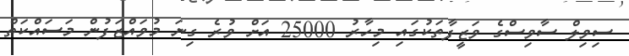
ސިވިލް ސާވިސްގެ ވަޒީފާތަކުގައި މިހާރު 25000 އަށް ވުރެ ގިނަ މުވައްޒަފުން މަސައްކަތް